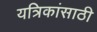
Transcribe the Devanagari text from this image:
यत्रिकांसाठी